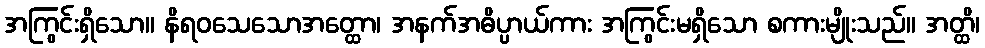
အကြွင်းရှိသော။ နိရဝသေသောအတ္ထော၊ အနက်အဓိပ္ပာယ်ကား အကြွင်းမရှိသော စကားမျိုးသည်။ အတ္ထိ၊